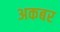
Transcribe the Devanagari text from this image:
अकबर